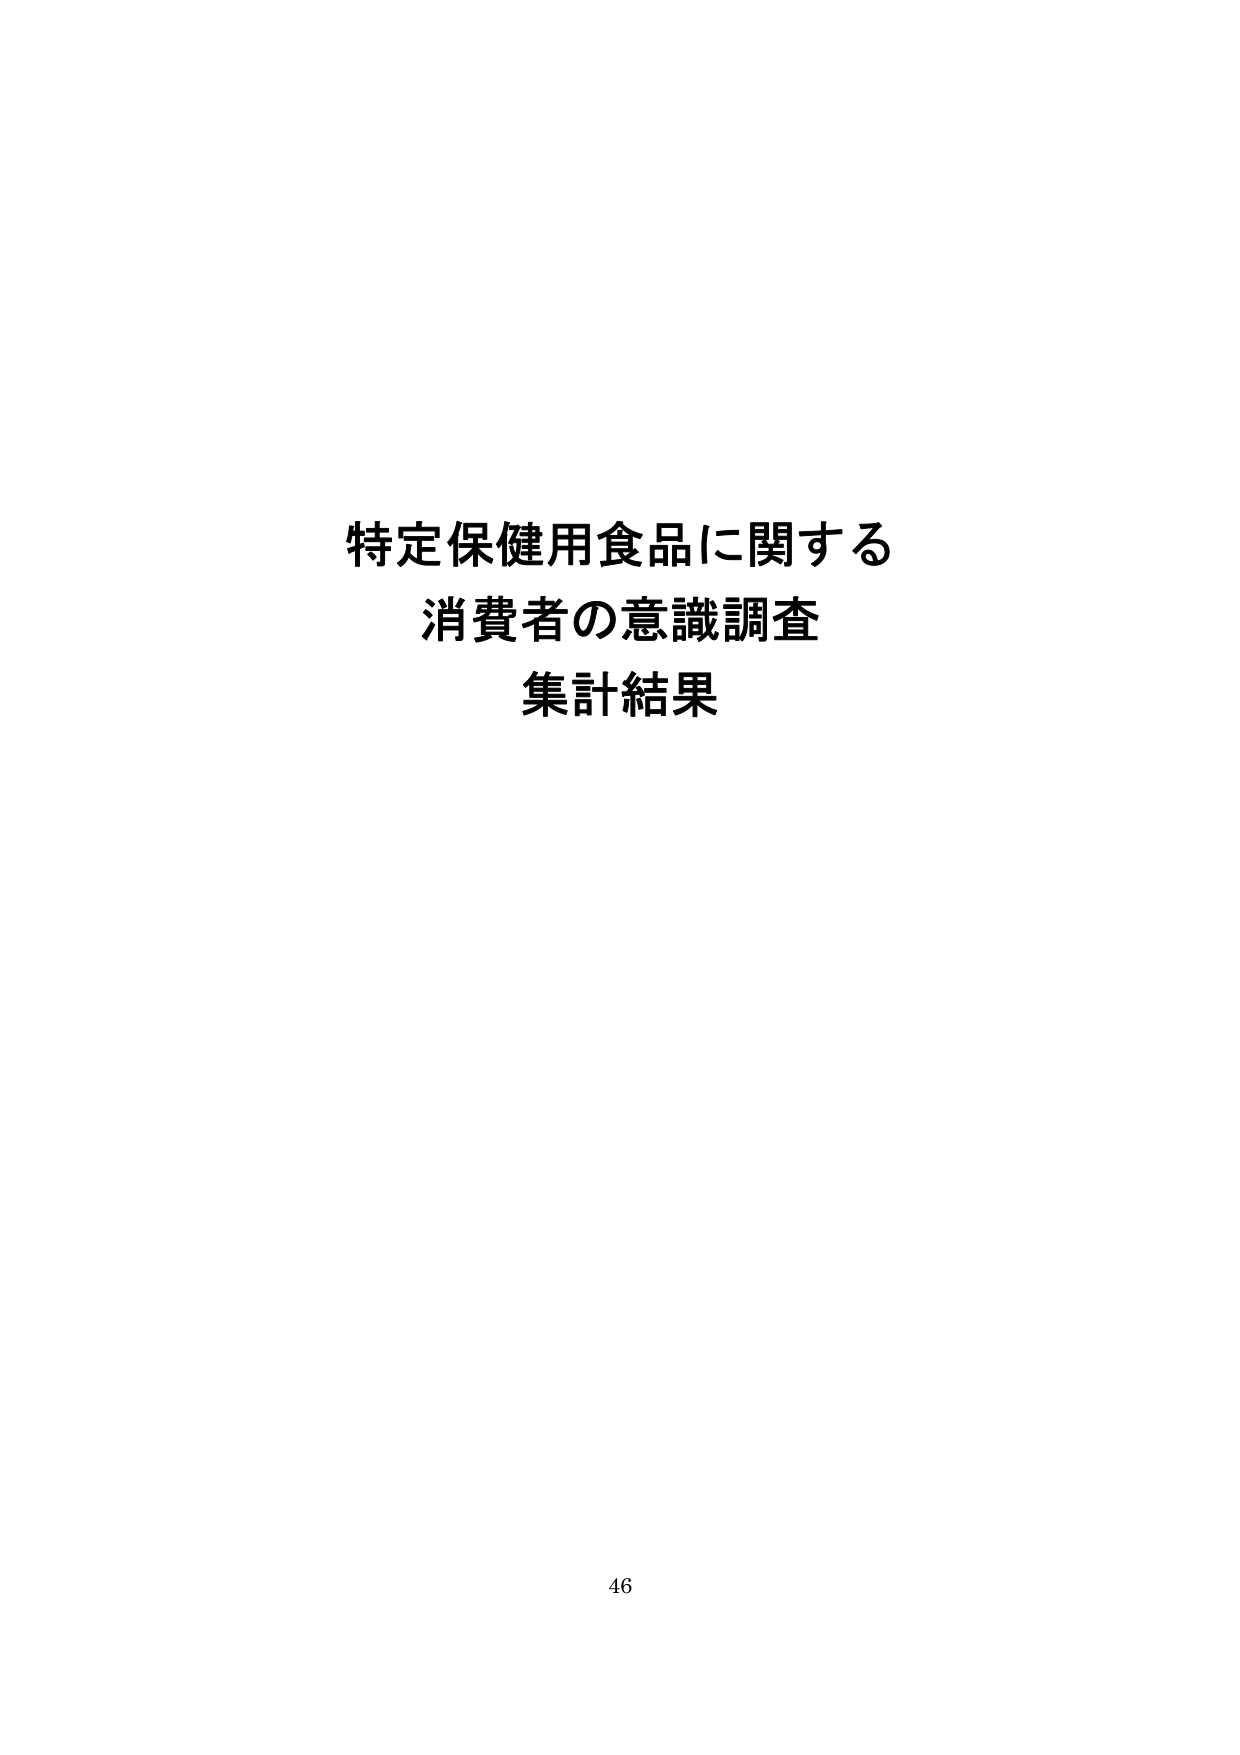
特定保健用食品に関する
消費者の意識調査
集計結果

46